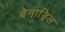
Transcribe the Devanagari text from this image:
बेनाड्रिल